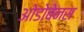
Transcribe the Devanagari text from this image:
ओडोबेनस